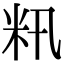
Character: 籸